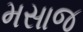
મસાજ